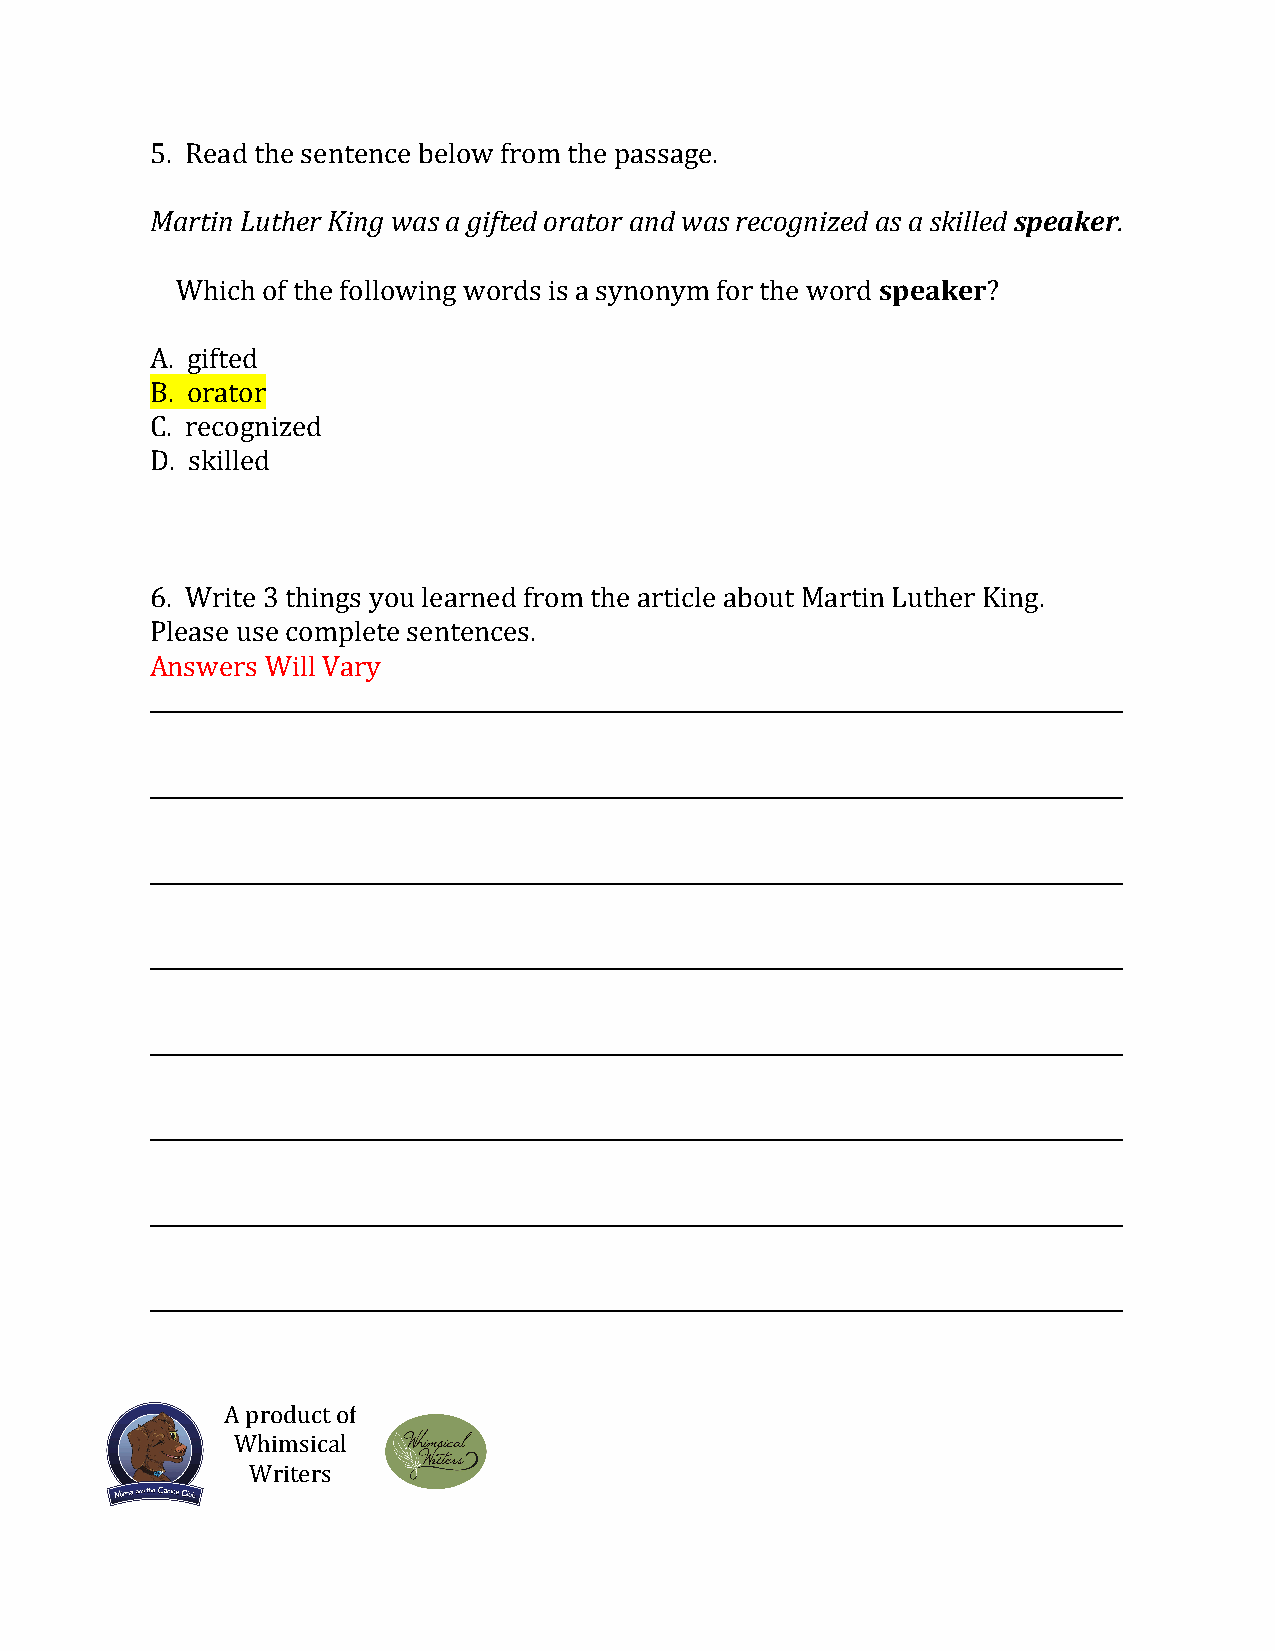
5. Read the sentence below from the passage.
 Martin Luther King was a gifted orator and was recognized as a skilled speaker.
 Which of the following words is a synonym for the word speaker?
 A. gifted
 B. orator
 C. recognized
 D. skilled
 6. Write 3 things you learned from the article about Martin Luther King.
 Please use complete sentences.
 Answers Will Vary
 __________________________________________________________________________________________
 __________________________________________________________________________________________
 __________________________________________________________________________________________
 __________________________________________________________________________________________
 __________________________________________________________________________________________
 __________________________________________________________________________________________
 __________________________________________________________________________________________
 __________________________________________________________________________________________
 A product of
 Whimsical
 Writers